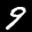
Label: 9